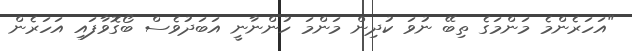
"އަހަރެންމެ މަންމަގެ ތިބޭ ނުވަ ކުދިން މަންމަ ހުންނާނީ އަބަދުވެސް ބޯގޮވާފައި އަހަރެން